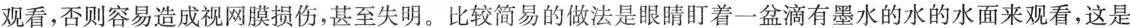
观看，否则容易造成视网膜损伤，甚至失明。比较简易的做法是眼睛盯着一盆滴有墨水的水的水面来观看，这是